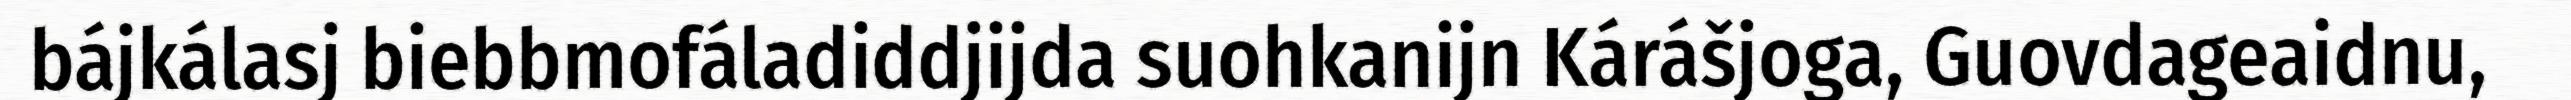
bájkálasj biebbmofáladiddjijda suohkanijn Kárášjoga, Guovdageaidnu,